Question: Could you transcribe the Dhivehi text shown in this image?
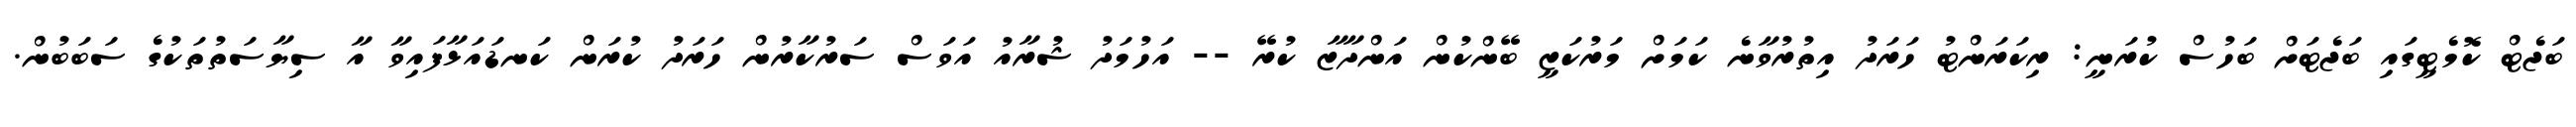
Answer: ބަޖެޓް ކޮމެޓީގައި ބަޖެޓަށް ބަހުސް ކުރަނީ: ރިކަރަންޓު ހަރަދު އިތުރުވާނެ ކަމަށް މަރުކަޒީ ބޭންކުން އަންދާޒާ ކުރޭ -- އަހުމަދު ޝުރާއު އަވަސް ސަރުކާރުން ހަރަދު ކުރަން ކަނޑައަޅާފައިވާ އާ ސިޔާސަތުތަކުގެ ސަބަބުން.